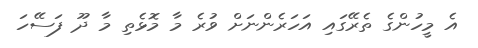
އެ މީހުންގެ ތެރޭގައި އަހަރެންނަށް ވުރެ މާ މޮޅެތި މާ ދޫ ފަސޭހަ